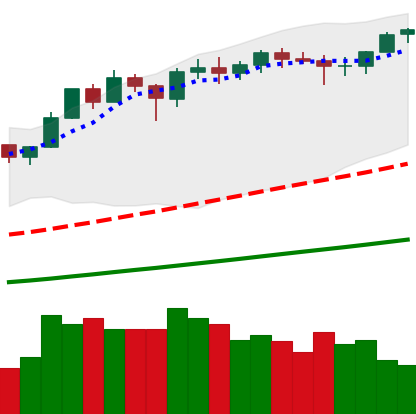
Ticker: ETH-USD
Chart end date: 2021-02-19
Forward return: -17.018%
Label: down_7plus